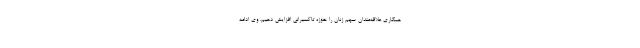
همکاری علاقه‌مندان سهم زنان را حوزه تاکسیرانی افزایش دهیم. وی ادامه